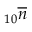
_ { 1 0 } \overline { { n } }